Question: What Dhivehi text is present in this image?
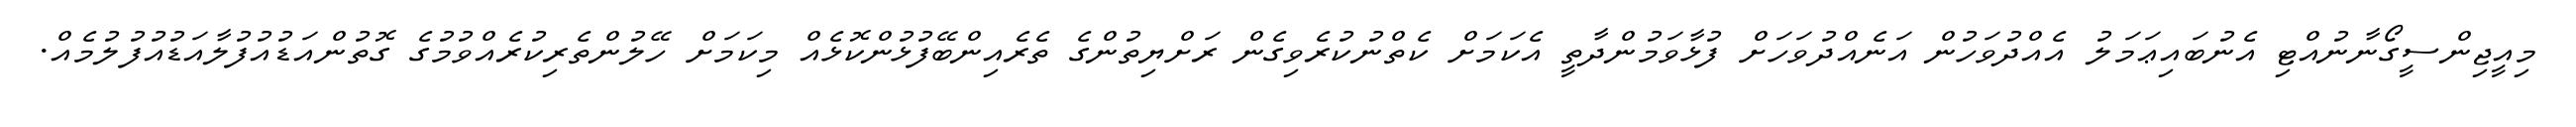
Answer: މިއީޖިންސީގޯނާނުއްޓި އެނުބައިޢަމަލު އެއްދުވަހުން އަނެއްދުވަހަށް ފުޅާވަމުންދާތީ އެކަމަށް ކެތްނުކުރެވިގެން ރަށްޔިތުންގެ ތެރެއިންބޭފުޅުންކޮޅެއް މިކަމަށް ހޭލުންތެރިކުރެއްވުމުގެ ގޮތުންއަޑުއުފުލާއަޑުއުފުލުމެއް.